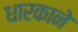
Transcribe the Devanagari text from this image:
धारकाने